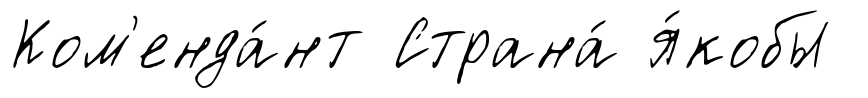
Ком'енда́нт Страна́ я́кобы